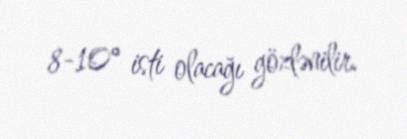
8-10° isti olacağı gözlənilir.